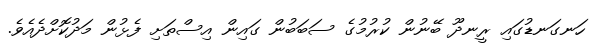
ހަނގަނޑުގައި ރީނދޫ ބޭނުން ކުރުމުގެ ސަބަބުން ގައިން އިސްތަށި ފެޅުން މަދުކޮށްދެއެވެ.